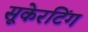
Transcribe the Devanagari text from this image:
सूकेरटिंग